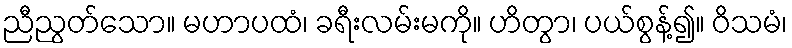
ညီညွတ်သော။ မဟာပထံ၊ ခရီးလမ်းမကို။ ဟိတွာ၊ ပယ်စွန့်၍။ ဝိသမံ၊